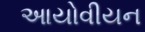
આયોવીયન